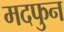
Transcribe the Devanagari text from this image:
मदफुन